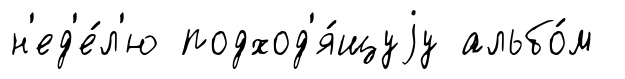
н'ед'е́л'ю подход'я́щуjу альбо́м